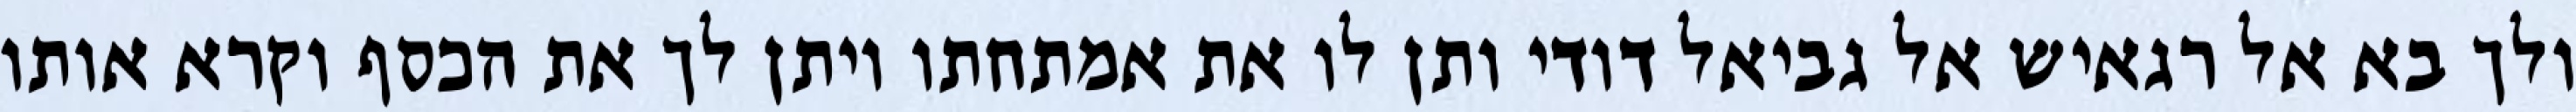
ולך בא אל רגאיש אל גביאל דודי ותן לו את אמתחתו ויתן לך את הכסף וקרא אותו